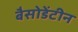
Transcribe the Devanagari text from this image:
बैसोडेंटीन